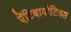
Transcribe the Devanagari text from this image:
ऐंटिबायोटिक्स